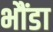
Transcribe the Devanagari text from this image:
भौंडा